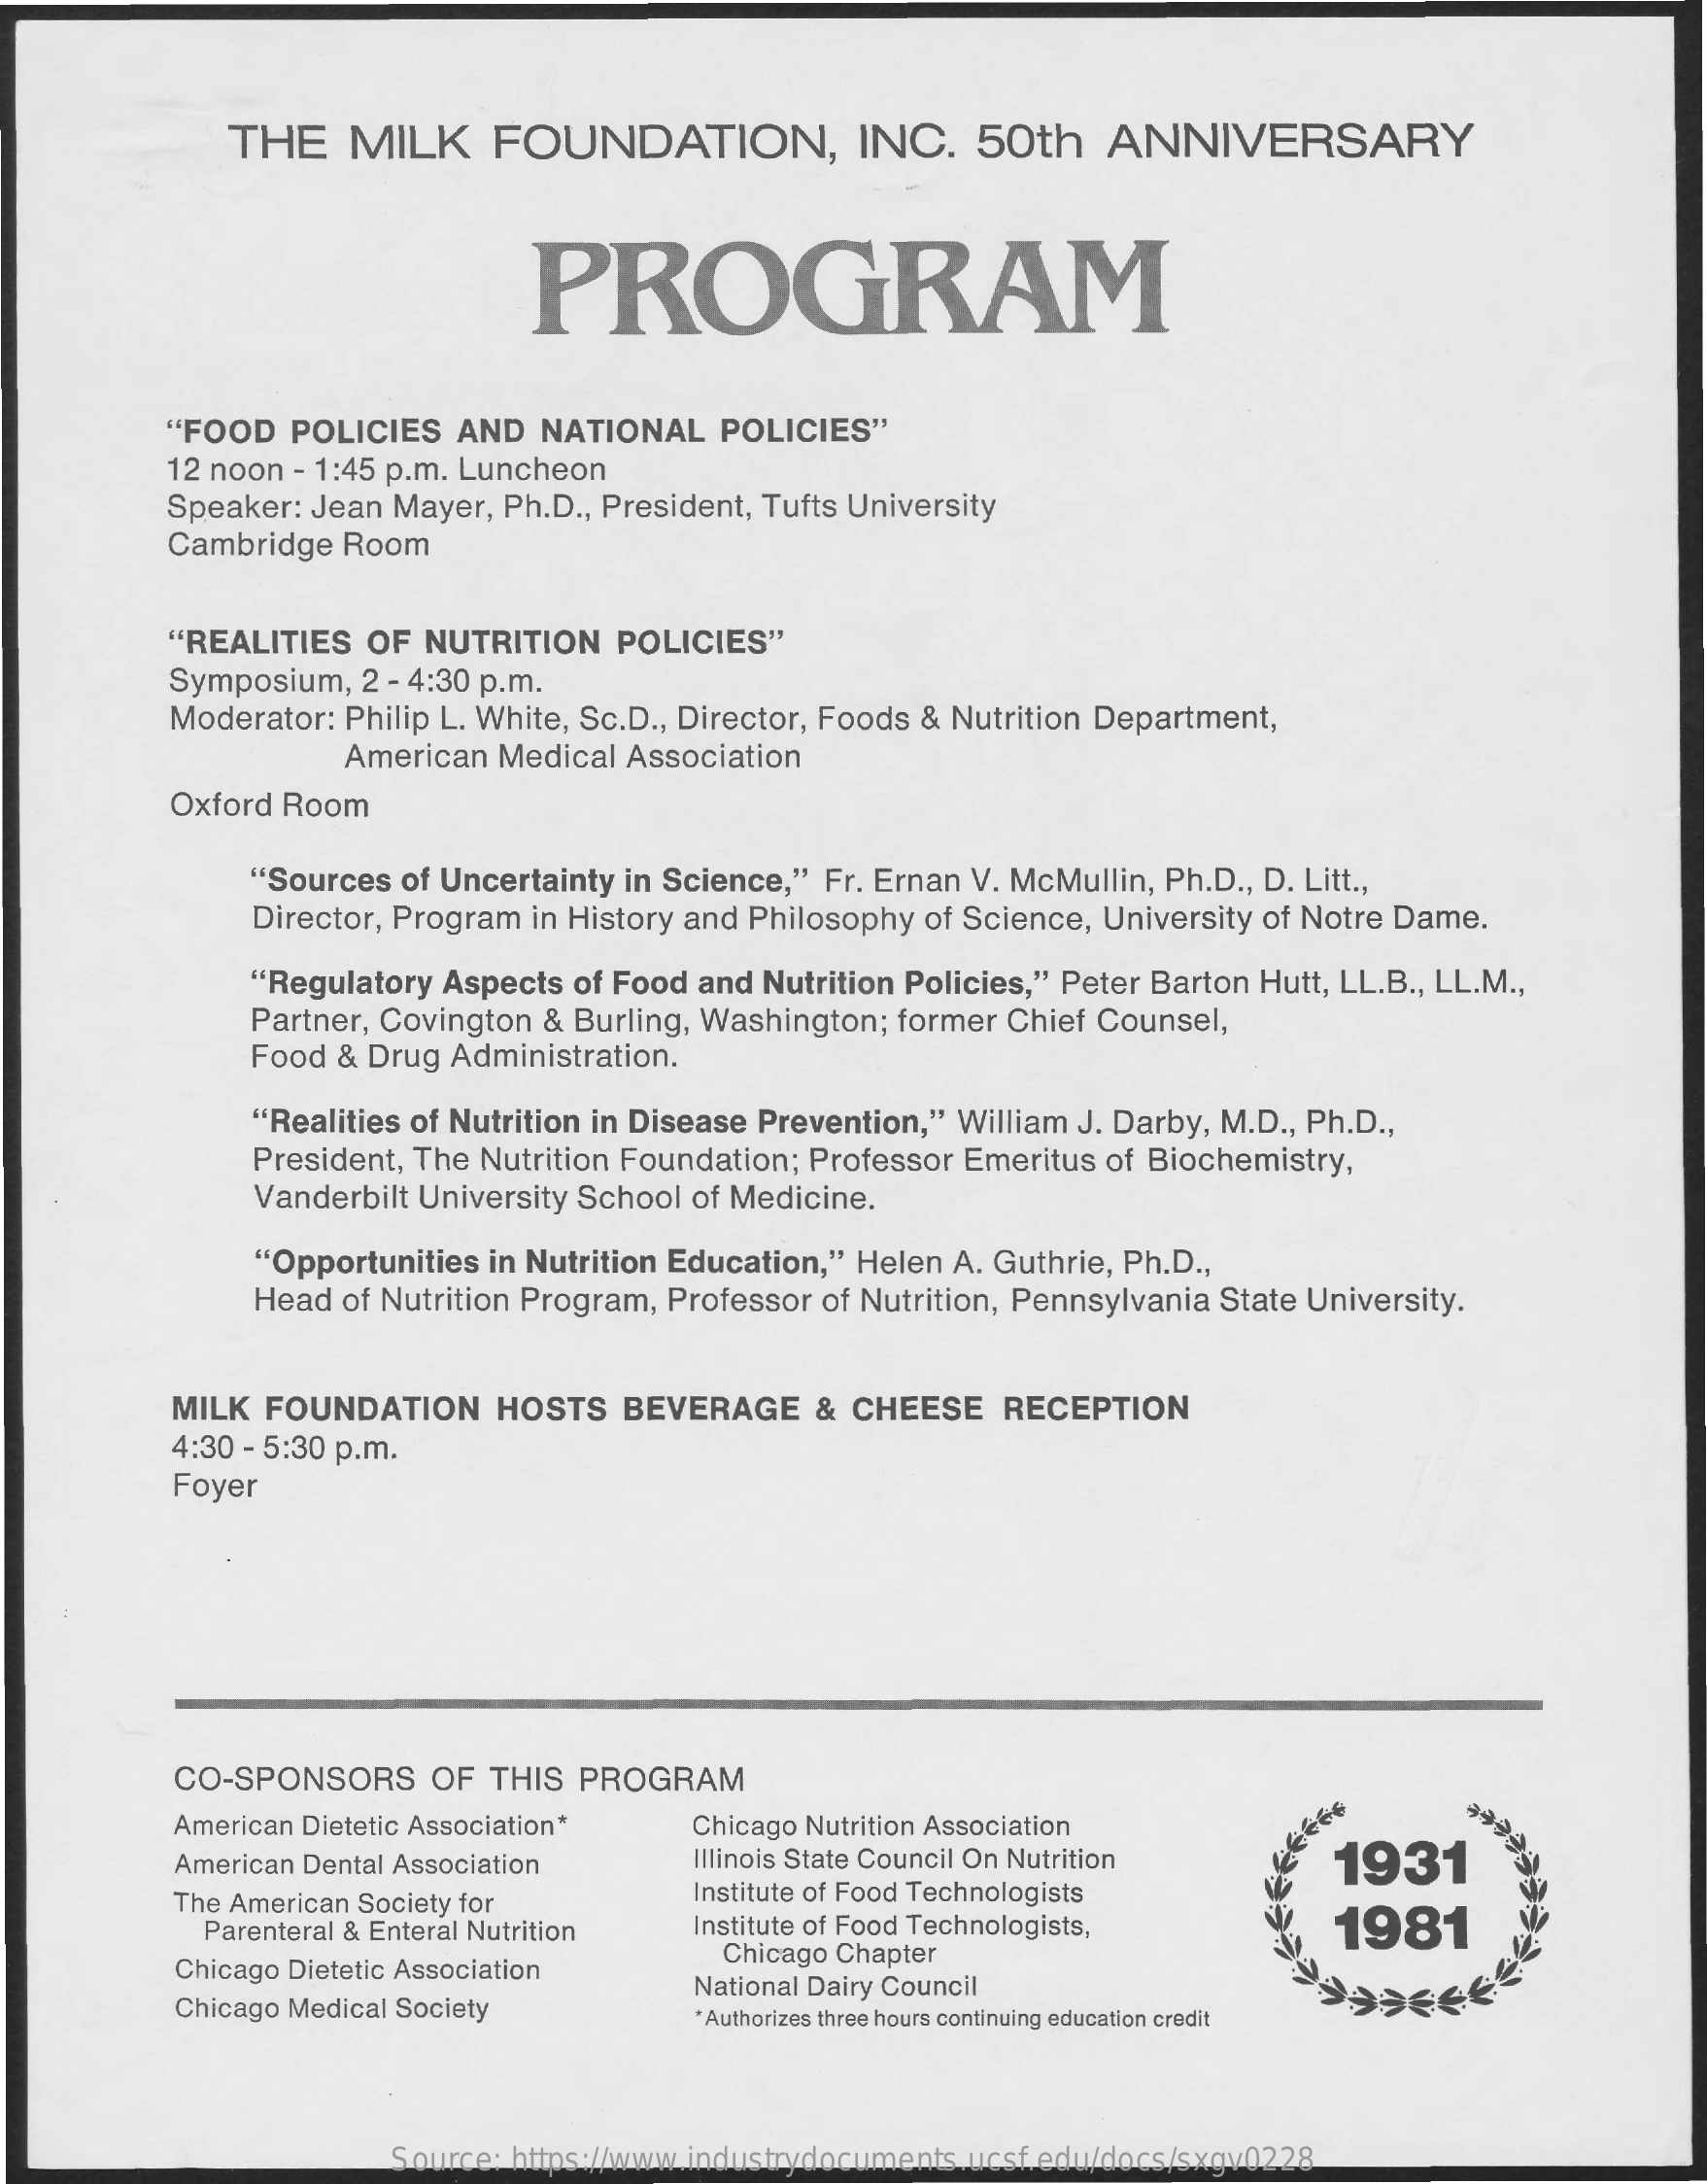
THE   MILK    FOUNDATION,    INC.   50th    ANNIVERSARY
     PROGRAM
     "FOOD  POLICIES AND  NATIONAL   POLICIES"
     12 noon - 1:45 p.m. Luncheon
     Speaker: Jean Mayer, Ph.D ., President, Tufts University
     Cambridge Room
     "REALITIES OF NUTRITION  POLICIES"
     Symposium, 2 - 4:30 p.m.
     Moderator: Philip L. White, Sc.D ., Director, Foods & Nutrition Department,
     American Medical Association
     Oxford Room
     "Sources of Uncertainty in Science," Fr. Ernan V. McMullin, Ph.D ., D. Litt .,
     Director, Program in History and Philosophy of Science, University of Notre Dame.
     "Regulatory Aspects of Food and Nutrition Policies," Peter Barton Hutt, LL.B ., LL.M .,
     Partner, Covington & Burling, Washington; former Chief Counsel,
     Food & Drug Administration.
     "Realities of Nutrition in Disease Prevention," William J. Darby, M.D ., Ph.D .,
     President, The Nutrition Foundation; Professor Emeritus of Biochemistry,
     Vanderbilt University School of Medicine.
     "Opportunities in Nutrition Education," Helen A. Guthrie, Ph.D .,
     Head of Nutrition Program, Professor of Nutrition, Pennsylvania State University.
     MILK FOUNDATION    HOSTS  BEVERAGE   & CHEESE   RECEPTION
     4:30 - 5:30 p.m.
     Foyer
     CO-SPONSORS    OF THIS PROGRAM
     American Dietetic Association* Chicago Nutrition Association
     American Dental Association    Illinois State Council On Nutrition 1931
     The American Society for    Institute of Food Technologists
     Parenteral & Enteral Nutrition Institute of Food Technologists,  1981
     Chicago Dietetic Association
     Chicago Chapter
     Chicago Medical Society
     National Dairy Council
     *Authorizes three hours continuing education credit
     Source: https://www.industrydocuments.ucsf.edu/docs/sxgv0228